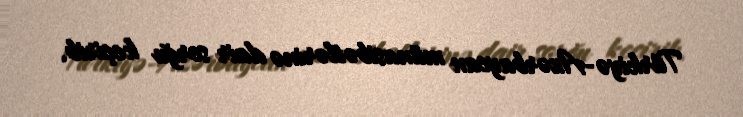
Türkiyə-Azərbaycan münasibətlərinə dair sorğu keçirib.